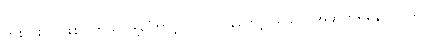
တစ်ပါးလဲ ဖြစ်ပါတယ်၊ ဒါ့ကြောင့် လပွတ္တာနဲ့တော့ ယခုလဲ အဆက်ရှိနေပါတယ်။